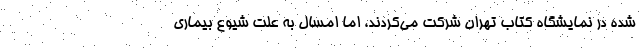
شده در نمایشگاه کتاب تهران شرکت می‌کردند، اما امسال به علت شیوع بیماری